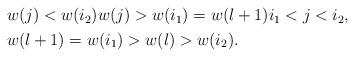
LaTeX: \begin{align*}\begin{aligned} &w(j)<w(i_2)w(j)>w(i_1)=w(l+1)i_1<j<i_2,\\ &w(l+1)=w(i_1)>w(l)>w(i_2).\end{aligned}\end{align*}